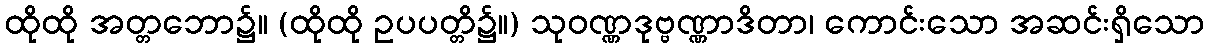
ထိုထို အတ္တဘော၌။ (ထိုထို ဥပပတ္တိ၌။) သုဝဏ္ဏဒုဗ္ဗဏ္ဏာဒိတာ၊ ကောင်းသော အဆင်းရှိသော